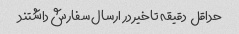
حداقل  دقیقه تاخیر در ارسال سفارش داشتند